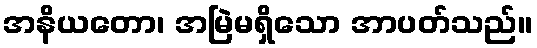
အနိယတော၊ အမြဲမရှိသော အာပတ်သည်။